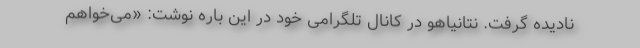
نادیده گرفت. نتانیاهو در کانال تلگرامی خود در این باره نوشت: «می‌خواهم